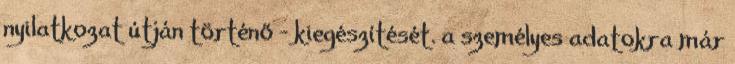
nyilatkozat útján történő – kiegészítését. a személyes adatokra már